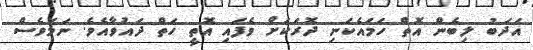
އަދަބު ލިބެން އޮތް ހަމައެކަނި ދޮރަކަށް ވެފައި އޮތީ ހަތް ދައުވާއެވެ. ނަމަވެސް